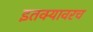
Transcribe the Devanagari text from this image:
इतक्यावरच